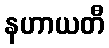
နဟာယတီ